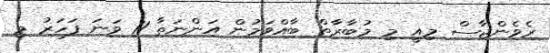
ރެވެންޖާސް މިއީ މި މުބާރާތް ބާއްވަމުން އަންނަތާ 11 ވަނަ ފަހަރު މި